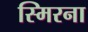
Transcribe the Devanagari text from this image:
स्मिरना